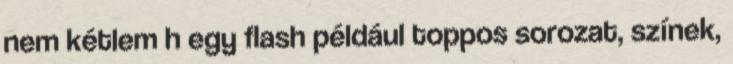
nem kétlem h egy flash például toppos sorozat, színek,